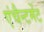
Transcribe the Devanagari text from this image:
एंचैन्टमेंट